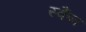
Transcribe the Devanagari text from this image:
स्कैंन